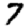
Digit: 7